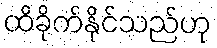
ထိခိုက်နိုင်သည်ဟု